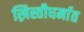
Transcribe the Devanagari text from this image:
ख्रिस्तीधर्मात